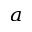
^ a